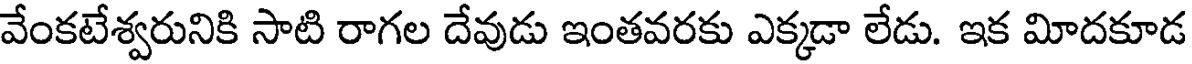
వేంకటేశ్వరునికి సాటి రాగల దేవుడు ఇంతవరకు ఎక్కడా లేడు. ఇక మిోదకూడ